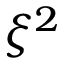
\xi ^ { 2 }